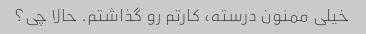
خیلی ممنون درسته، کارتم رو گذاشتم. حالا چی؟